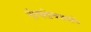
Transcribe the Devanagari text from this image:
तोचतोचपणाचे